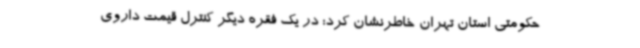
حکومتی استان تهران خاطرنشان کرد: در یک فقره دیگر کنترل قیمت داروی